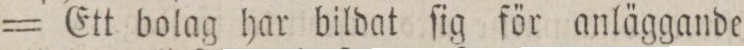
= Ett bolag har bildat ſig för anläggande